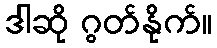
ဒါဆို ဂွတ်နိုက်။